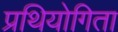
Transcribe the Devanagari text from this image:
प्रथियोगिता